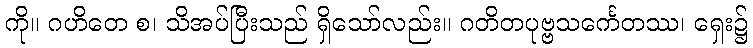
ကို။ ဂဟိတေ စ၊ သိအပ်ပြီးသည် ရှိသော်လည်း။ ဂတိတပုဗ္ဗသင်္ကေတဿ၊ ရှေး၌